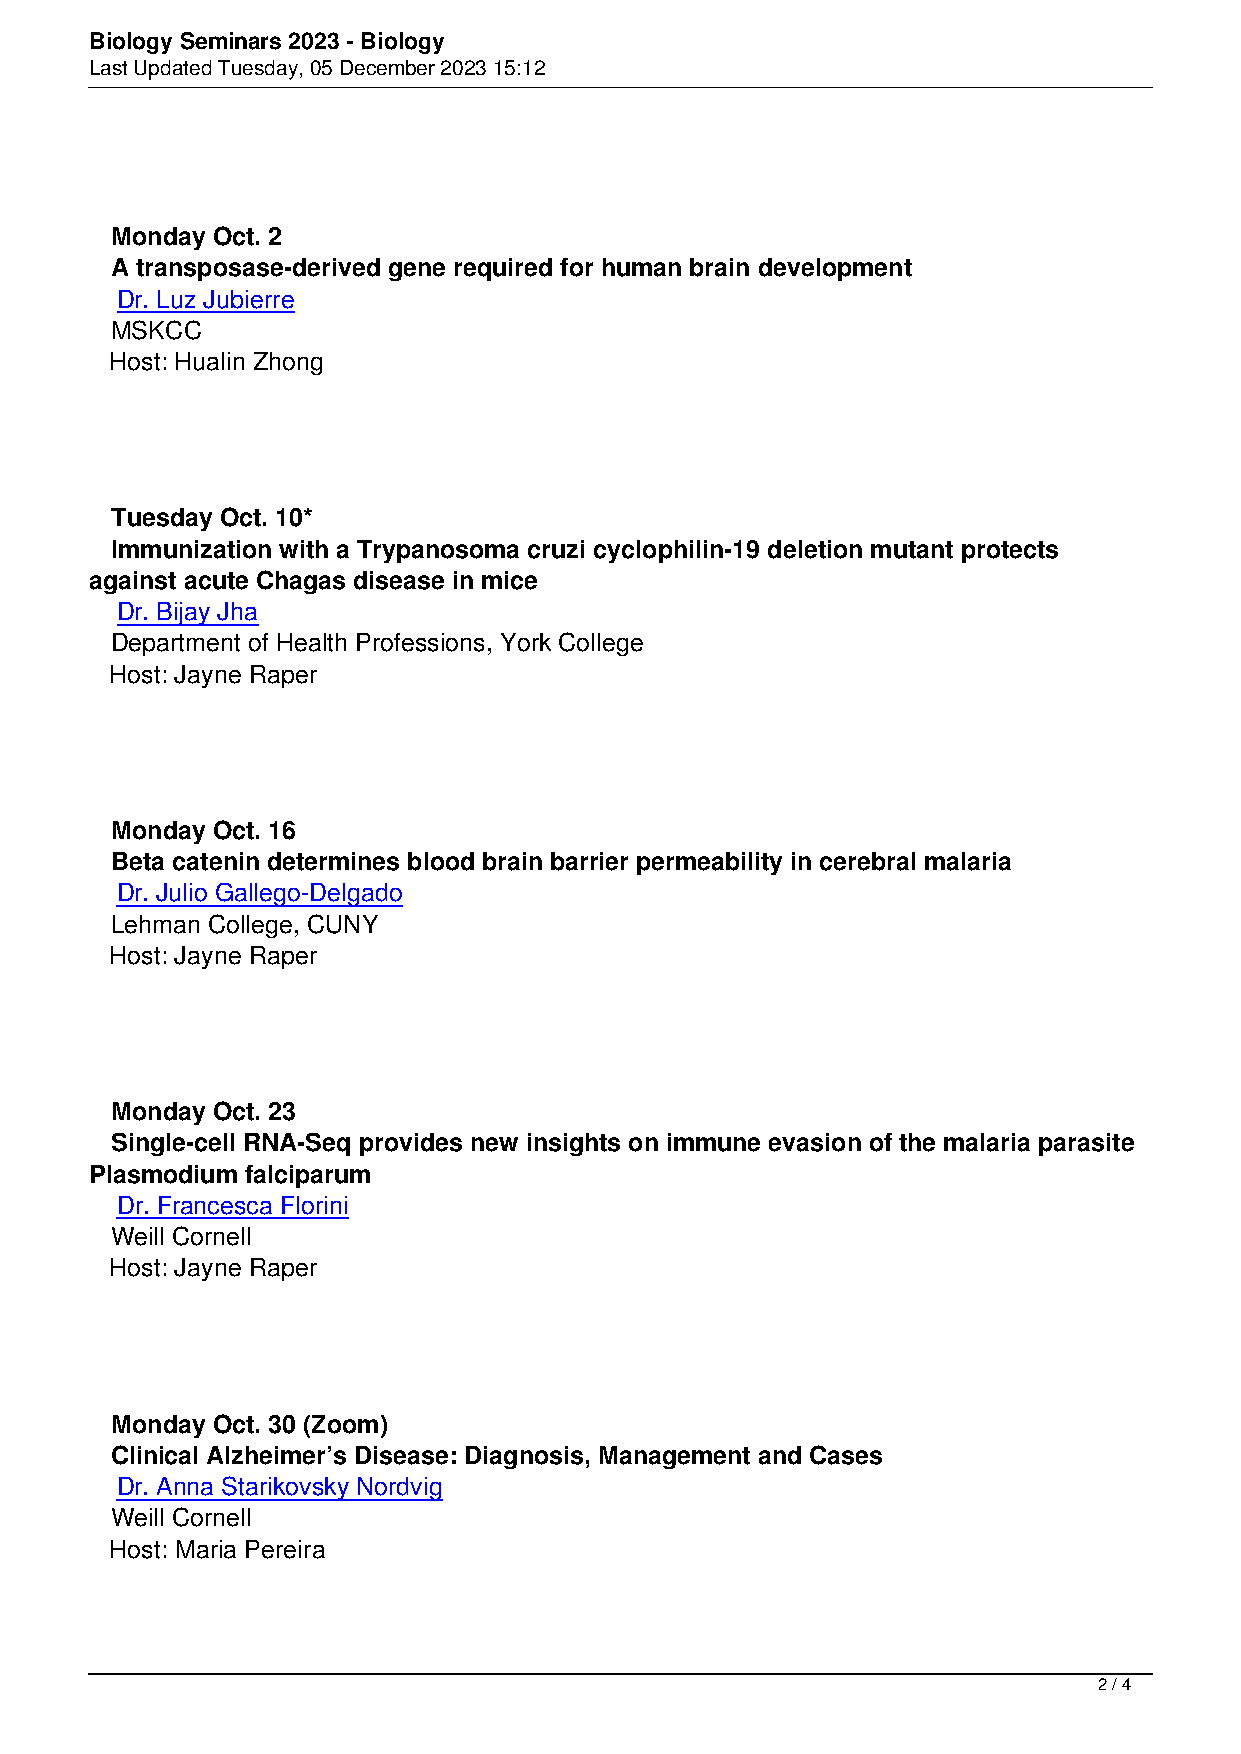
Biology Seminars 2023 - Biology
 Last Updated Tuesday, 05 December 2023 15:12
 Monday Oct. 2
 A transposase-derived gene required for human brain development
 Dr. Luz Jubierre
 MSKCC
 Host: Hualin Zhong
 Tuesday Oct. 10*
 Immunization with a Trypanosoma cruzi cyclophilin-19 deletion mutant protects
 against acute Chagas disease in mice
 Dr. Bijay Jha
 Department of Health Professions, York College
 Host: Jayne Raper
 Monday Oct. 16
 Beta catenin determines blood brain barrier permeability in cerebral malaria
 Dr. Julio Gallego-Delgado
 Lehman College, CUNY
 Host: Jayne Raper
 Monday Oct. 23
 Single-cell RNA-Seq provides new insights on immune evasion of the malaria parasite
 Plasmodium falciparum
 Dr. Francesca Florini
 Weill Cornell
 Host: Jayne Raper
 Monday Oct. 30 (Zoom)
 Clinical Alzheimer’s Disease: Diagnosis, Management and Cases
 Dr. Anna Starikovsky Nordvig
 Weill Cornell
 Host: Maria Pereira
 2 / 4